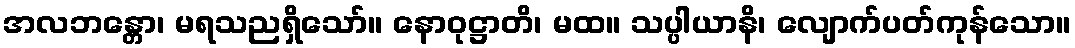
အလဘန္တော၊ မရသညရှိသော်။ နောဝုဋ္ဌာတိ၊ မထ။ သပ္ပါယာနိ၊ လျောက်ပတ်ကုန်သော။